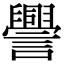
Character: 𧭒